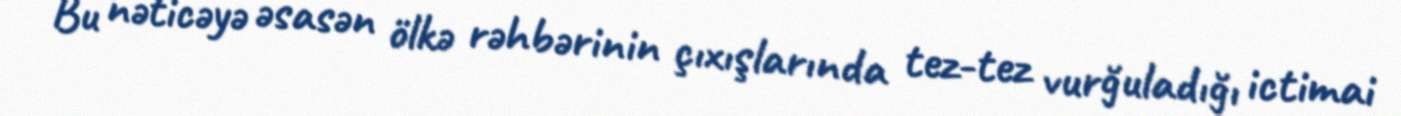
Bu nəticəyə əsasən ölkə rəhbərinin çıxışlarında tez-tez vurğuladığı ictimai